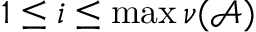
1 \leq i \leq \operatorname* { m a x } \nu ( \mathcal { A } )